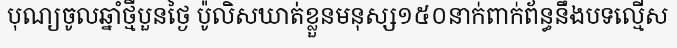
បុណ្យចូលឆ្នាំថ្មីបួនថ្ងៃ ប៉ូលិសឃាត់ខ្លួនមនុស្ស១៥០នាក់ពាក់ព័ន្ធនឹងបទល្មើស